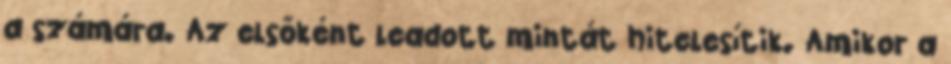
a számára. Az elsőként leadott mintát hitelesítik. Amikor a